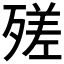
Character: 𣩈